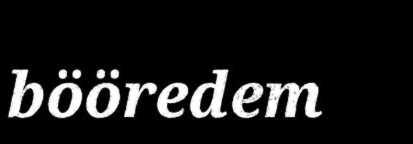
bööredem